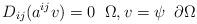
LaTeX: \begin{align*}D_{ij}(a^{ij} v)=0\;\;\Omega,v=\psi\;\;\partial\Omega\end{align*}